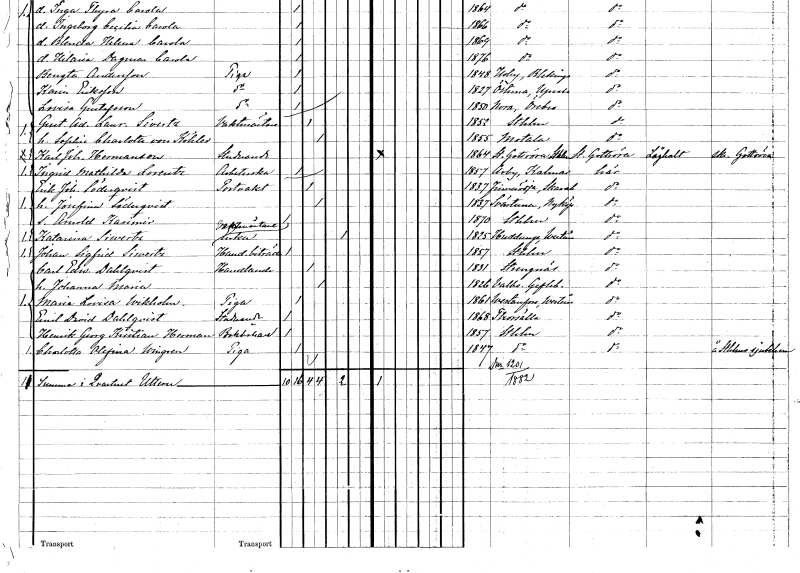
gt_parse: households: individuals: FN: Erik Johan
EN: Söderqvist
YRKE: Portvakt
KON: M
CIV: G
FODAR: 1837
FODFORS: Finnerödja Örebro län
FN: Josefina
EN: Söderqvist
KON: K
CIV: G
FODAR: 1837
FODFORS: Svärta Södermanlands län
FN: Arnold Kasimir
KON: M
CIV: O
FODAR: 1870
FODFORS: Stockholm
FN: Katarina
EN: Siwertz
YRKE: Vaktmästareänka
KON: K
CIV: E
FODAR: 1825
FODFORS: Huddunge Västmanlands län
FN: Johan Sigfrid
EN: Siwertz
YRKE: Handelsbiträde
KON: M
CIV: O
FODAR: 1857
FODFORS: Stockholm
FN: Carl Edward
EN: Dahlqvist
YRKE: Handlande
KON: M
CIV: G
FODAR: 1831
FODFORS: Strängnäs Södermanlands län
FN: Johanna Maria
KON: K
CIV: G
FODAR: 1826
FODFORS: Valbo Gävleborgs län
FN: Maria Lovisa
EN: Wikholm
YRKE: Piga
KON: K
CIV: O
FODAR: 1861
FODFORS: Västanfors Västmanlands län
FN: Emil David
EN: Dahlqvist
YRKE: Studerande
KON: M
CIV: O
FODAR: 1868
FODFORS: Torshälla Södermanlands län
FN: Henrik Georg Kristian
EN: Herman
YRKE: Bokhållare
KON: M
CIV: O
FODAR: 1857
FODFORS: Stockholm
FN: Charlotta Olefina
EN: Wingren
YRKE: Piga
KON: K
CIV: O
FODAR: 1847
FODFORS: Stockholm